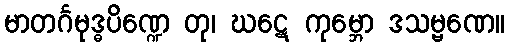
မာတင်္ဂမုဒ္ဓပိဏ္ဍေ တု၊ ဃဋေ ကုမ္ဘော ဒသမ္ဗဏေ။